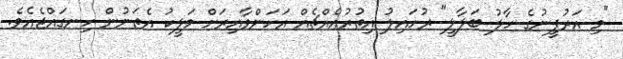
"މި އަރުފީނުގެ ހާލު ބަލާލީ" ރުހައިލު އިތުރުއެއްޗެއް އަހަންވާއިރަށް މަލީކު އެތަނުން ހިނގައްޖެއެވެ.